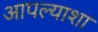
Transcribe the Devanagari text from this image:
आपल्याशा